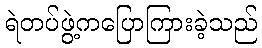
ရဲတပ်ဖွဲ့ကပြောကြားခဲ့သည်